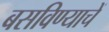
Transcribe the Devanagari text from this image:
बसविण्याचें